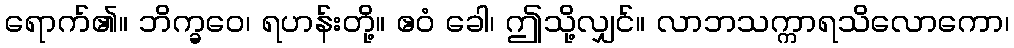
ရောက်၏။ ဘိက္ခဝေ၊ ရဟန်းတို့။ ဧဝံ ခေါ၊ ဤသို့လျှင်။ လာဘသက္ကာရသိလောကော၊